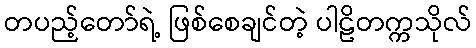
တပည့်တော်ရဲ့ ဖြစ်စေချင်တဲ့ ပါဠိတက္ကသိုလ်